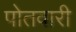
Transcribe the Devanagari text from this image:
पोतवारी